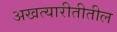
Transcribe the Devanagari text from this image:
अखत्यारीतीतील